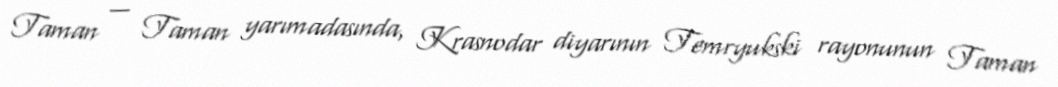
Taman — Taman yarımadasında, Krasnodar diyarının Temryukski rayonunun Taman